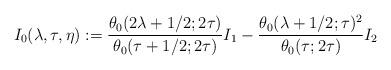
LaTeX: \begin{align*}I_0(\lambda, \tau, \eta) := \frac{\theta_0(2\lambda+1/2; 2\tau)}{\theta_0(\tau + 1/2; 2\tau)} I_1 - \frac{\theta_0(\lambda + 1/2; \tau)^2}{\theta_0(\tau; 2\tau)} I_2\end{align*}